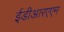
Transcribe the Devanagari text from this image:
ईडीआरएएम